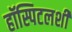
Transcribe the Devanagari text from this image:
हॉस्पिटलशी